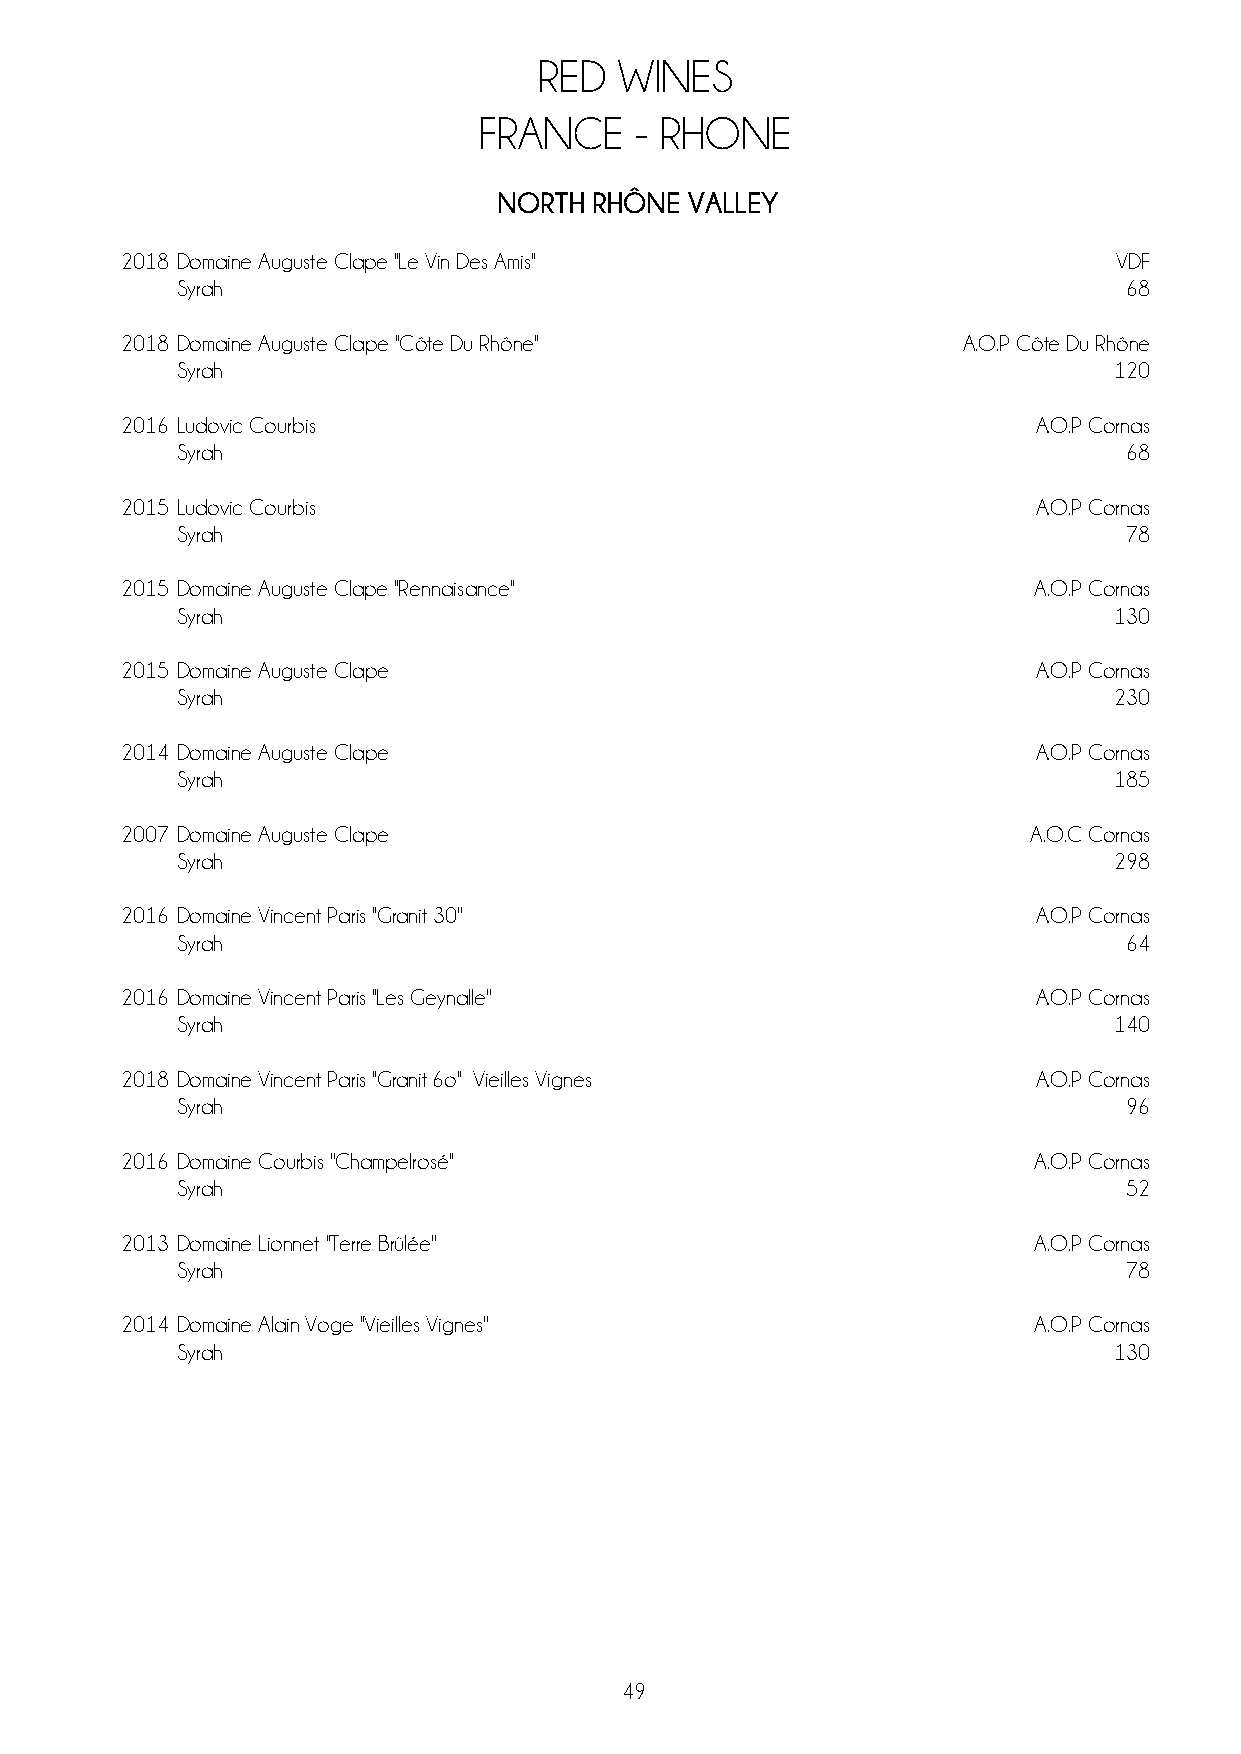
RED  WINES
 FRANCE    - RHONE
 NORTH RHÔNE  VALLEY
 2018 Domaine Auguste Clape ''Le Vin Des Amis''                    VDF
 Syrah                                                         68
 2018 Domaine Auguste Clape ''Côte Du Rhône''            A.O.P Côte Du Rhône
 Syrah                                                         120
 2016 Ludovic Courbis                                         A.O.P Cornas
 Syrah                                                         68
 2015 Ludovic Courbis                                         A.O.P Cornas
 Syrah                                                         78
 2015 Domaine Auguste Clape ''Rennaisance''                   A.O.P Cornas
 Syrah                                                         130
 2015 Domaine Auguste Clape                                   A.O.P Cornas
 Syrah                                                         230
 2014 Domaine Auguste Clape                                   A.O.P Cornas
 Syrah                                                         185
 2007 Domaine Auguste Clape                                  A.O.C Cornas
 Syrah                                                         298
 2016 Domaine Vincent Paris ''Granit 30''                     A.O.P Cornas
 Syrah                                                         64
 2016 Domaine Vincent Paris ''Les Geynalle''                  A.O.P Cornas
 Syrah                                                         140
 2018 Domaine Vincent Paris ''Granit 6o'' Vieilles Vignes     A.O.P Cornas
 Syrah                                                         96
 2016 Domaine Courbis ''Champelrosé''                         A.O.P Cornas
 Syrah                                                         52
 2013 Domaine Lionnet ''Terre Brûlée''                        A.O.P Cornas
 Syrah                                                         78
 2014 Domaine Alain Voge ''Vieilles Vignes''                  A.O.P Cornas
 Syrah                                                         130
 49